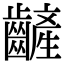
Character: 𪙞